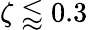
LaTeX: \zeta\lessapprox 0.3